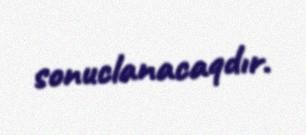
sonuclanacaqdır.